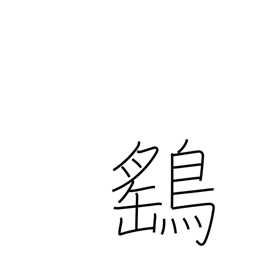
Meaning: sparrow hawk